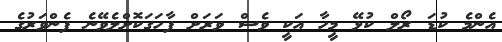
އެންމެ ކުޑަ ރޯލް ކުޅޭ މީހާ އަކީ ވެސް ވަރަށް ފާހަގަކޮށްލެވޭނެ ފެންވަރުގެ